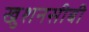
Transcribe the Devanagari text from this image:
खुशनसीबी